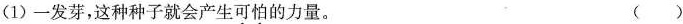
(1)一发芽，这种种子就会产生\underset{·}{可}\underset{·}{怕}的力量。 ( )